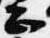
正